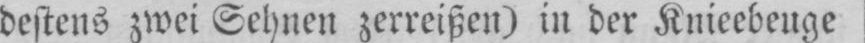
destens zwei Sehnen zerreißen) in der Knieebeuge